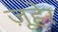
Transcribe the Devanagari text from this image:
ज़ूहेर